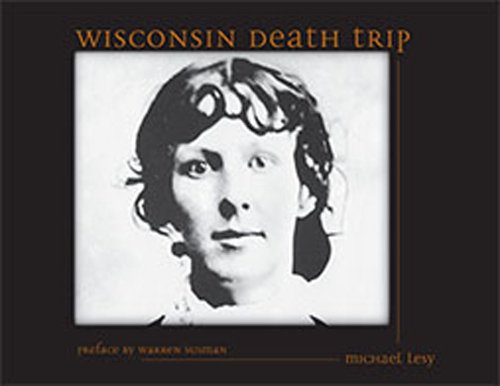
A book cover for Wisconsin Death Trip; Michael Lesy; Arts & Photography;